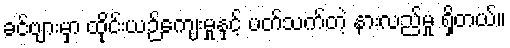
ခင်ဗျားမှာ ထိုင်းယဉ်ကျေးမှုနှင့် ပတ်သက်တဲ့ နားလည်မှု ရှိတယ်။